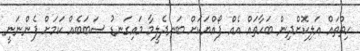
ހިތްތައް އަލިކޮށްދިން ބަހާތައް އެއް ފޯއްޔަކަށް ބަނދެލީމާ މައިގަނޑު ސަބަބެއް ކަމަށް ފެންނަނީ